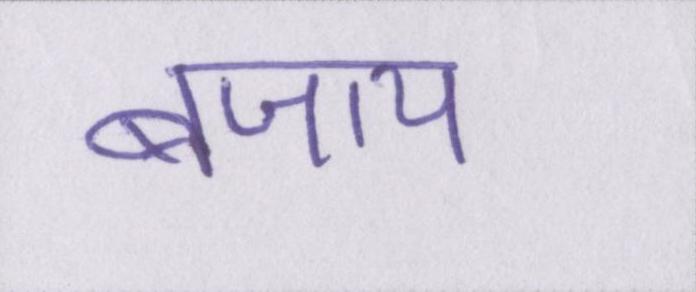
बजाय